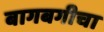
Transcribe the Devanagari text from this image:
बागबगीचा